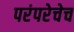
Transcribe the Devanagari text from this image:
परंपरेचेच